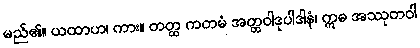
မည်၏။ ယထာဟ၊ ကား။ တတ္ထ ကတမံ အတ္တဝါဒုပါဒါနံ၊ ဣဓ အဿုတဝါ